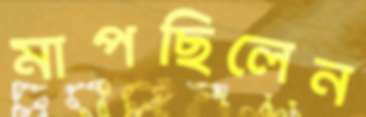
মাপছিলেন